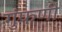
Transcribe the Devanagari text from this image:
गुंफणी